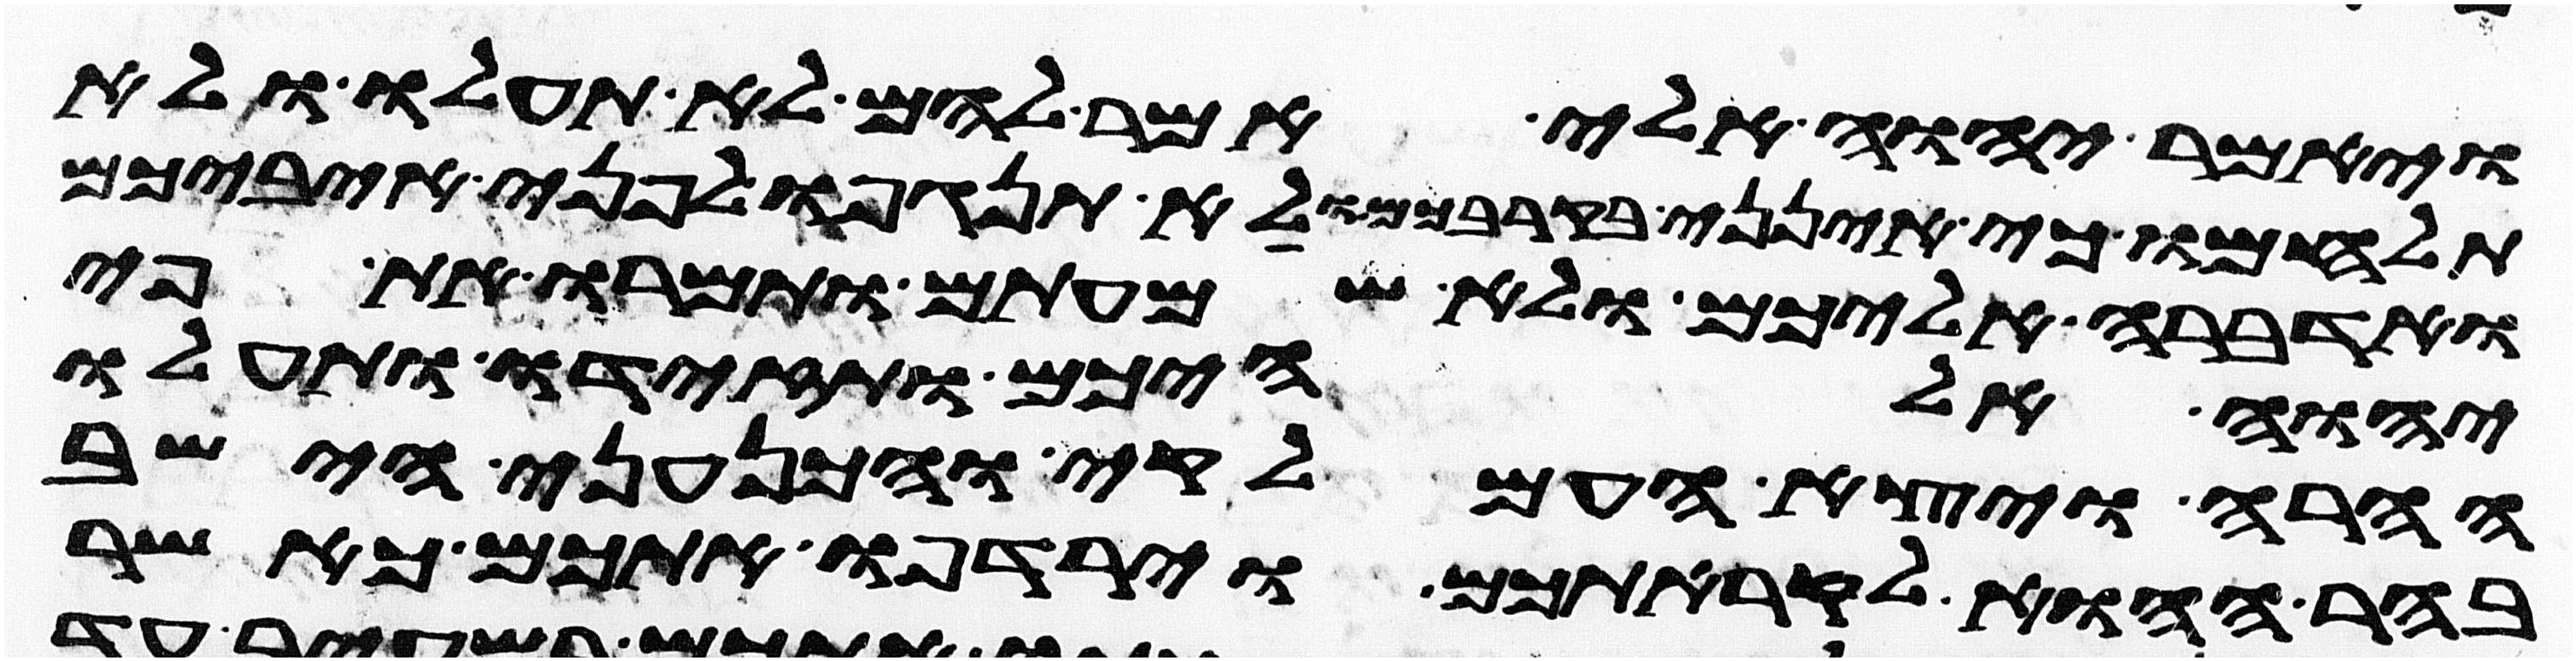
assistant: ויאמר יהוה אלי אמר להם לא תעלו ולא
תלחמו כי אינני בקרבכם ולא תנגפו לפני איביכם
ואדברה אליכם ולא שמעתם ותמרו את פי
יהוה אלהיכם ותזידו ותעלו
ההרה ויצא העמלקי והכנעני הישב
בהר ההוא לקראתכם וירדפו אתכם כאשר